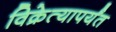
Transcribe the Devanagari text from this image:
विक्रेत्यापर्यंत